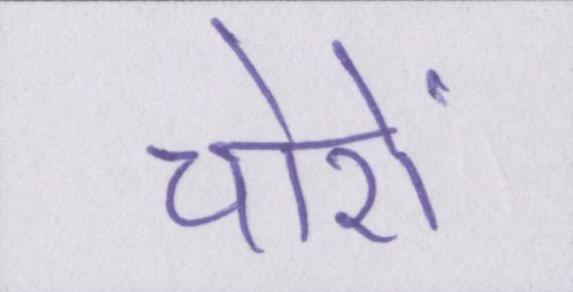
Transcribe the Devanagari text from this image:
चोरों